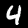
Label: 4